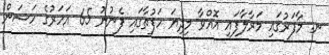
ނ. މާފަރުގައި މަރާލާފައި އޮއްވާ މިދިޔަ ހަފުތާގައި ފެނުނު 65 އަހަރުގެ ހަސަން